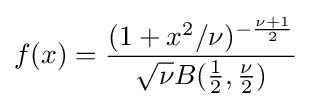
f(x)={\frac {(1+x^{2}/\nu )^{-{\frac {\nu +1}{2}}}}{{\sqrt {\nu }}B({\frac {1}{2}},{\frac {\nu }{2}})}}